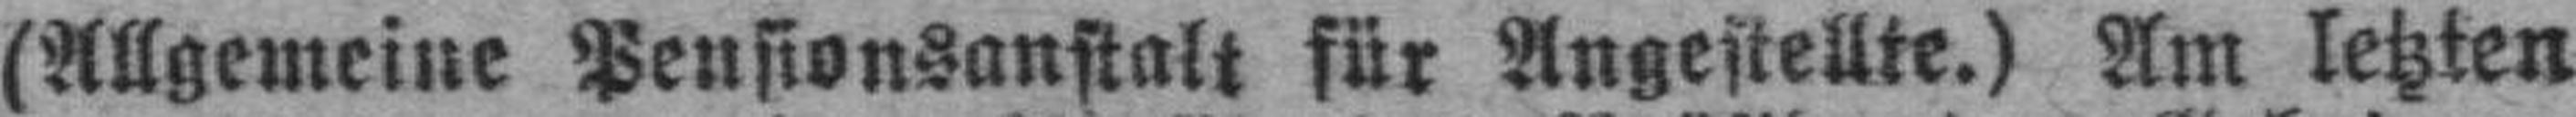
(Allgemeine Pensionsanstalt für Angestellte.) Am letzten